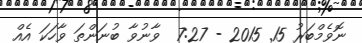
ނޮވެމްބަރު 15